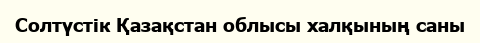
Солтүстік Қазақстан облысы халқының саны